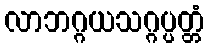
လာဘဂ္ဂယသဂ္ဂပ္ပတ္တံ